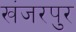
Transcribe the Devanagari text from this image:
खंजरपुर